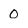
Character: 0